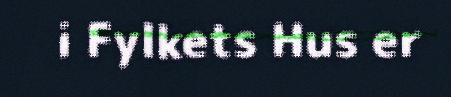
i Fylkets Hus er